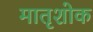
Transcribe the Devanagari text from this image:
मातृशोक